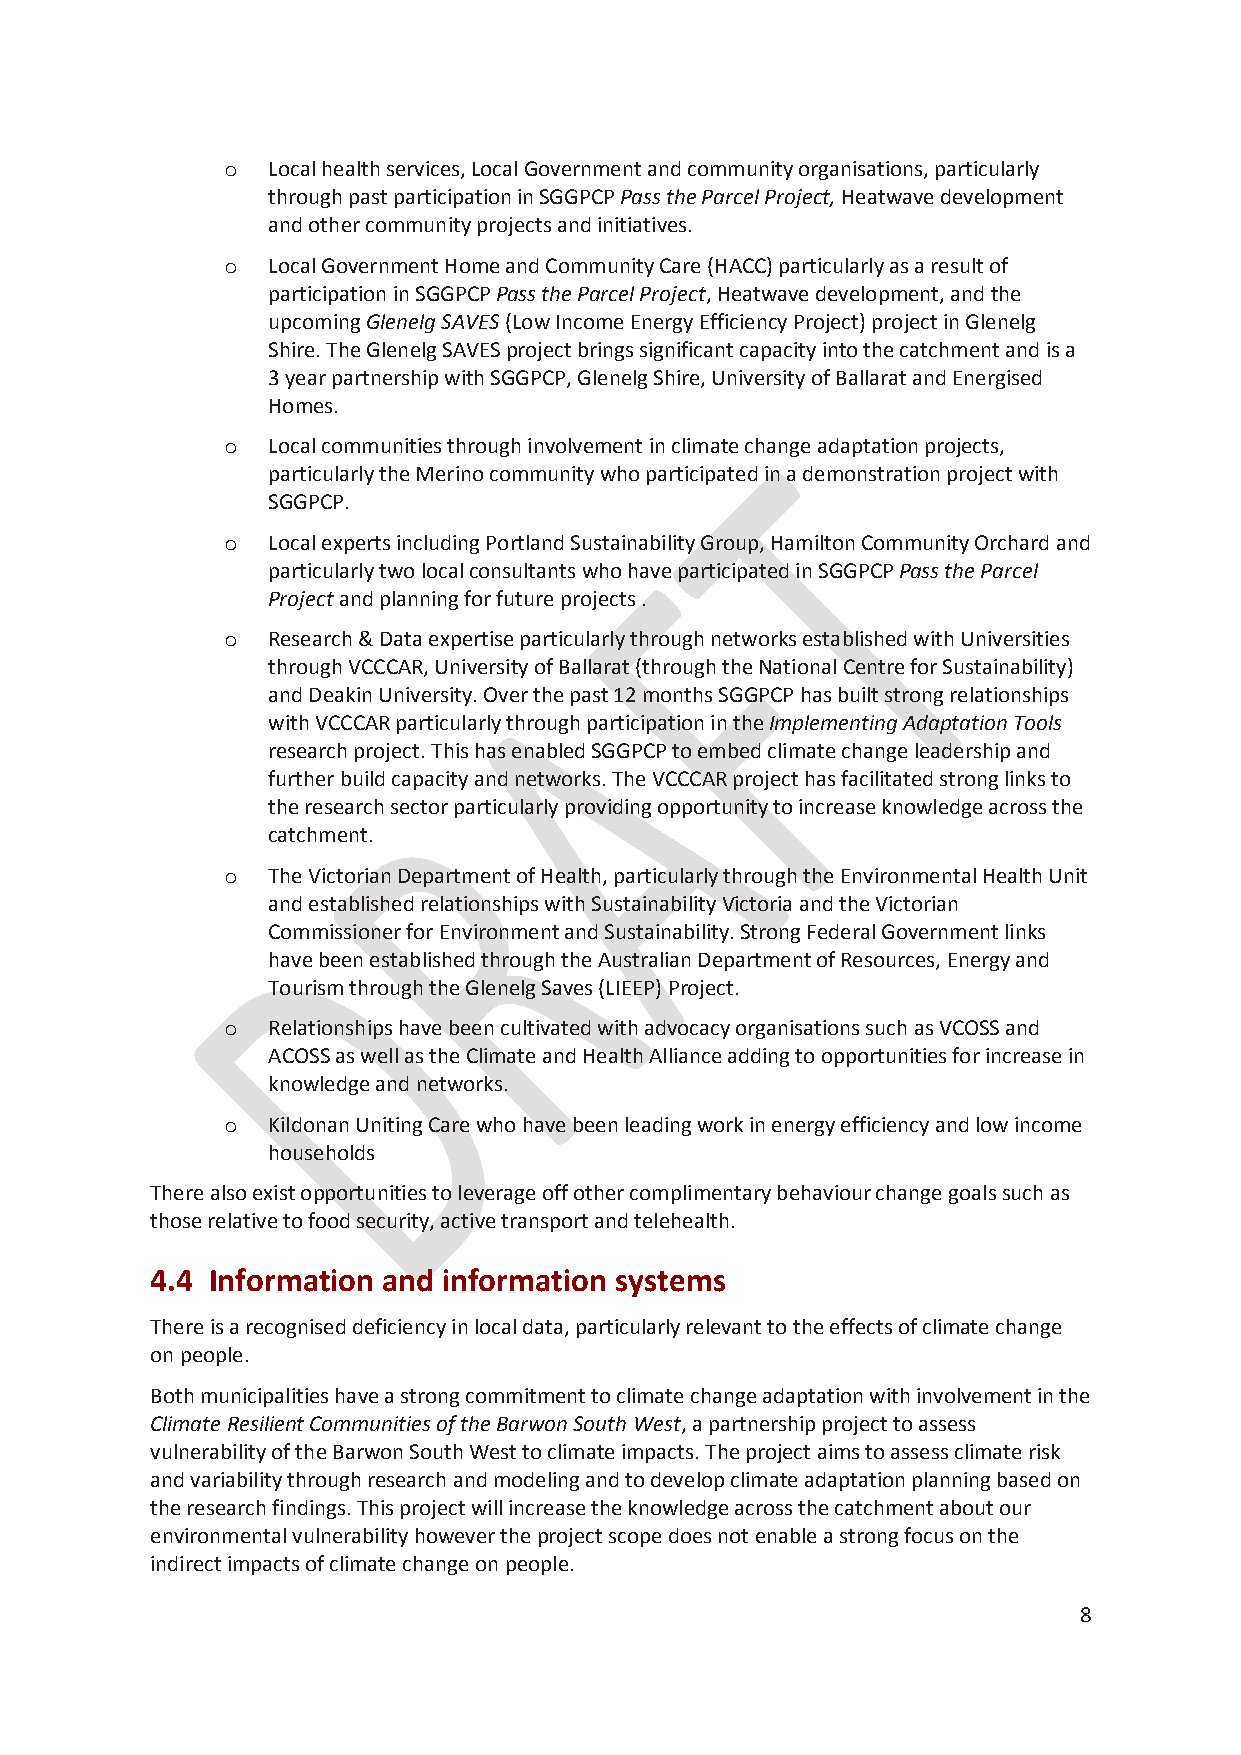
o  Local health services, Local Government and community organisations, particularly
 through past participation in SGGPCP Pass the Parcel Project, Heatwave development
 and other community projects and initiatives.
 o  Local Government Home and Community Care (HACC) particularly as a result of
 participation in SGGPCP Pass the Parcel Project, Heatwave development, and the
 upcoming Glenelg SAVES (Low Income Energy Efficiency Project) project in Glenelg
 Shire. The Glenelg SAVES project brings significant capacity into the catchment and is a
 3 year partnership with SGGPCP, Glenelg Shire, University of Ballarat and Energised
 Homes.
 o  Local communities through involvement in climate change adaptation projects,
 particularly the Merino community who participated in a demonstration project with
 SGGPCP.
 o  Local experts including Portland Sustainability Group, Hamilton Community Orchard and
 particularly two local consultants who have participated in SGGPCP Pass the Parcel
 Project and planning for future projects .
 o  Research & Data expertise particularly through networks established with Universities
 through VCCCAR, University of Ballarat (through the National Centre for Sustainability)
 and Deakin University. Over the past 12 months SGGPCP has built strong relationships
 with VCCCAR particularly through participation in the Implementing Adaptation Tools
 research project. This has enabled SGGPCP to embed climate change leadership and
 further build capacity and networks. The VCCCAR project has facilitated strong links to
 the research sector particularly providing opportunity to increase knowledge across the
 catchment.
 o  The Victorian Department of Health, particularly through the Environmental Health Unit
 and established relationships with Sustainability Victoria and the Victorian
 Commissioner for Environment and Sustainability. Strong Federal Government links
 have been established through the Australian Department of Resources, Energy and
 Tourism through the Glenelg Saves (LIEEP) Project.
 o  Relationships have been cultivated with advocacy organisations such as VCOSS and
 ACOSS as well as the Climate and Health Alliance adding to opportunities for increase in
 knowledge and networks.
 o  Kildonan Uniting Care who have been leading work in energy efficiency and low income
 households
 There also exist opportunities to leverage off other complimentary behaviour change goals such as
 those relative to food security, active transport and telehealth.
 4.4 Information and information systems
 There is a recognised deficiency in local data, particularly relevant to the effects of climate change
 on people.
 Both municipalities have a strong commitment to climate change adaptation with involvement in the
 Climate Resilient Communities of the Barwon South West, a partnership project to assess
 vulnerability of the Barwon South West to climate impacts. The project aims to assess climate risk
 and variability through research and modeling and to develop climate adaptation planning based on
 the research findings. This project will increase the knowledge across the catchment about our
 environmental vulnerability however the project scope does not enable a strong focus on the
 indirect impacts of climate change on people.
 8